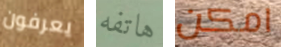
يعرفون هاتفه امكن